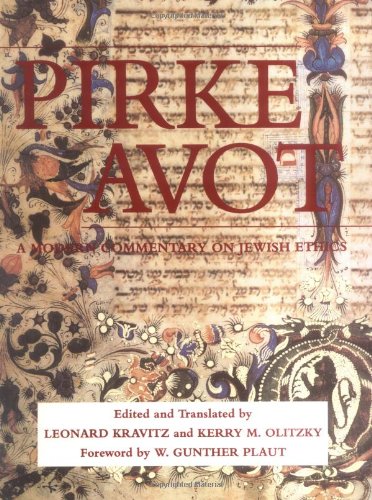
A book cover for Pirke Avot: A Modern Commentary on Jewish Ethics (Modern Commentary On); Leonard Kravitz; Religion & Spirituality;